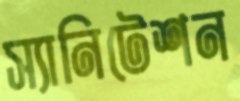
স্যানিটেশন